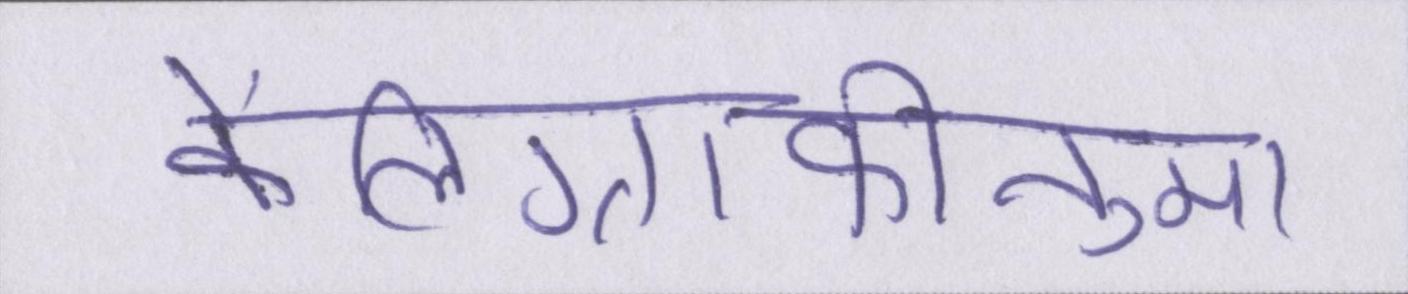
कैलिग्राफीनुमा